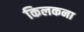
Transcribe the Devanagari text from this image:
किलकना